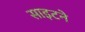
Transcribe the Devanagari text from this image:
साइटने